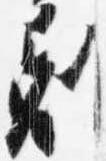
剋